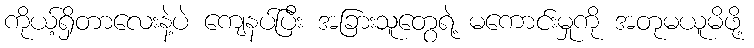
ကိုယ့်ရှိတာလေးနဲ့ပဲ ကျေနပ်ပြီး အခြားသူတွေရဲ့ မကောင်းမှုကို အတုမယူမိဖို့